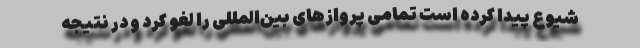
شیوع پیدا کرده است تمامی پروازهای بین‌المللی را لغو کرد و در نتیجه